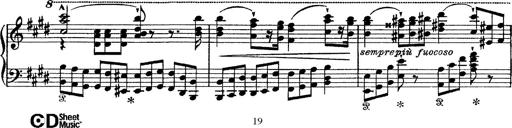
Title: Tarantelle di bravura dâ€™aprÃ¨s la tarantelle de La muette de Portici
Composer: Franz Liszt